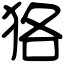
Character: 狢